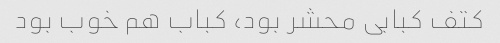
کتف کبابی محشر بود، کباب هم خوب بود